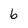
Character: 6